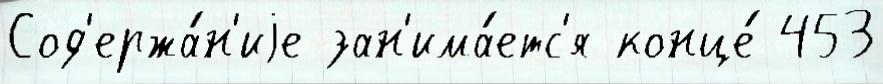
Сод'ержа́н'иjе зан'има́етс'я конце́ 453